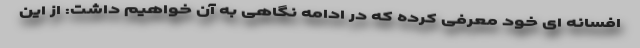
افسانه ای خود معرفی کرده که در ادامه نگاهی به آن خواهیم داشت: از این